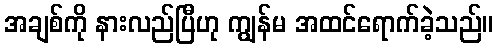
အချစ်ကို နားလည်ပြီဟု ကျွန်မ အထင်ရောက်ခဲ့သည်။